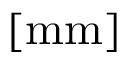
[ \mathrm { m m } ]